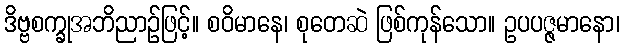
ဒိဗ္ဗစက္ခုအဘိညာဉ်ဖြင့်။ စဝိမာနေ၊ စုတေဆဲ ဖြစ်ကုန်သော။ ဥပပဇ္ဇမာနော၊